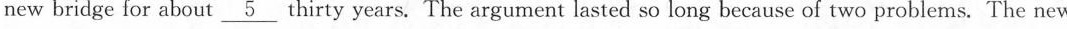
new bridge for about\nuderline{5} thirty years. The argument lasted so long because of two problems. The new